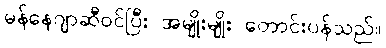
မန်နေဂျာဆီဝင်ပြီး အမျိုးမျိုး တောင်းပန်သည်။